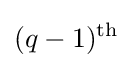
(q-1)^{\text{th}}